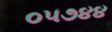
૦૫૭૪૪